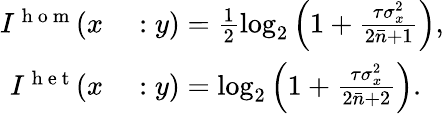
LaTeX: \begin{array}{rl}{I^{\mathrm{~h~o~m~}}(x}&{{}:y)=\frac{1}{2}\log_{2}\left(1+\frac{\tau\sigma_{x}^{2}}{2\bar{n}+1}\right),}\\ {I^{\mathrm{~h~e~t~}}(x}&{{}:y)=\log_{2}\left(1+\frac{\tau\sigma_{x}^{2}}{2\bar{n}+2}\right).}\end{array}